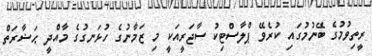
ރީތިވުމުގެ ބޭނުމުގައި ކުރެވޭ ޕްލާސްޓިކު ސާޖަރީއަކީ މި ޒަމާނުގެ ހުޅަނގުގެ މާއްދީ ޙަޟާރަތް